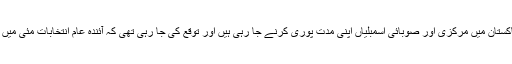
اسلام آباد — پاکستان میں مرکزی اور صوبائی اسمبلیاں اپنی مدت پوری کرنے جا رہی ہیں اور توقع کی جا رہی تھی کہ آئندہ عام انتخابات مئی میں منعقد ہوں گے۔